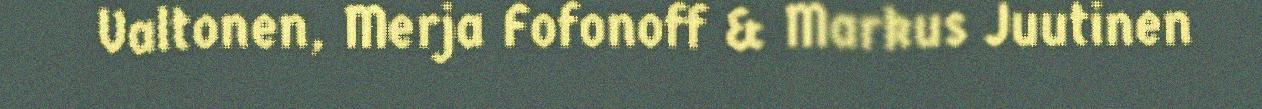
Valtonen, Merja Fofonoff & Markus Juutinen